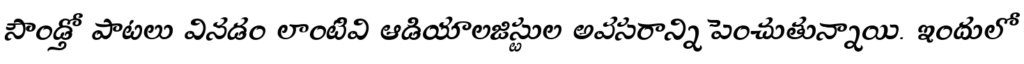
సౌండ్తో పాటలు వినడం లాంటివి ఆడియాలజిస్టుల అవసరాన్ని పెంచుతున్నాయి. ఇందులో